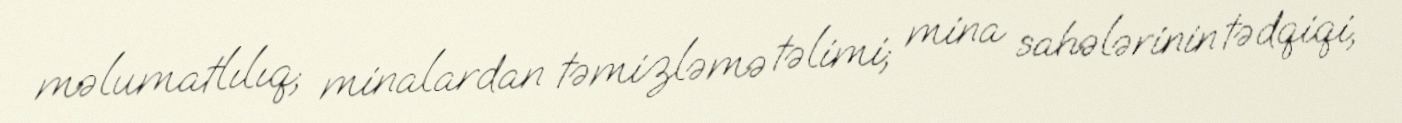
məlumatlılıq; minalardan təmizləmə təlimi; mina sahələrinin tədqiqi,